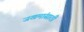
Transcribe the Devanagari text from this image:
जखमांसाठी